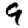
Digit: 9